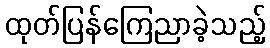
ထုတ်ပြန်ကြေညာခဲ့သည့်